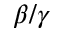
\beta / \gamma